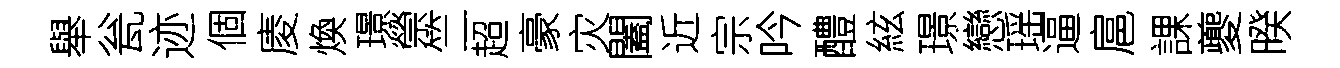
舉瓮迹個庱煥璟禜竺超豪灾闔近宗吟醴絃璟戀瑶逼扈課夔暌